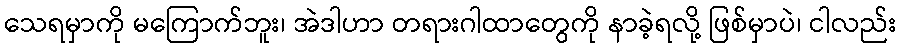
သေရမှာကို မကြောက်ဘူး၊ အဲဒါဟာ တရားဂါထာတွေကို နာခဲ့ရလို့ ဖြစ်မှာပဲ၊ ငါလည်း